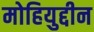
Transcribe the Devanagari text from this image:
मोहियुद्दीन